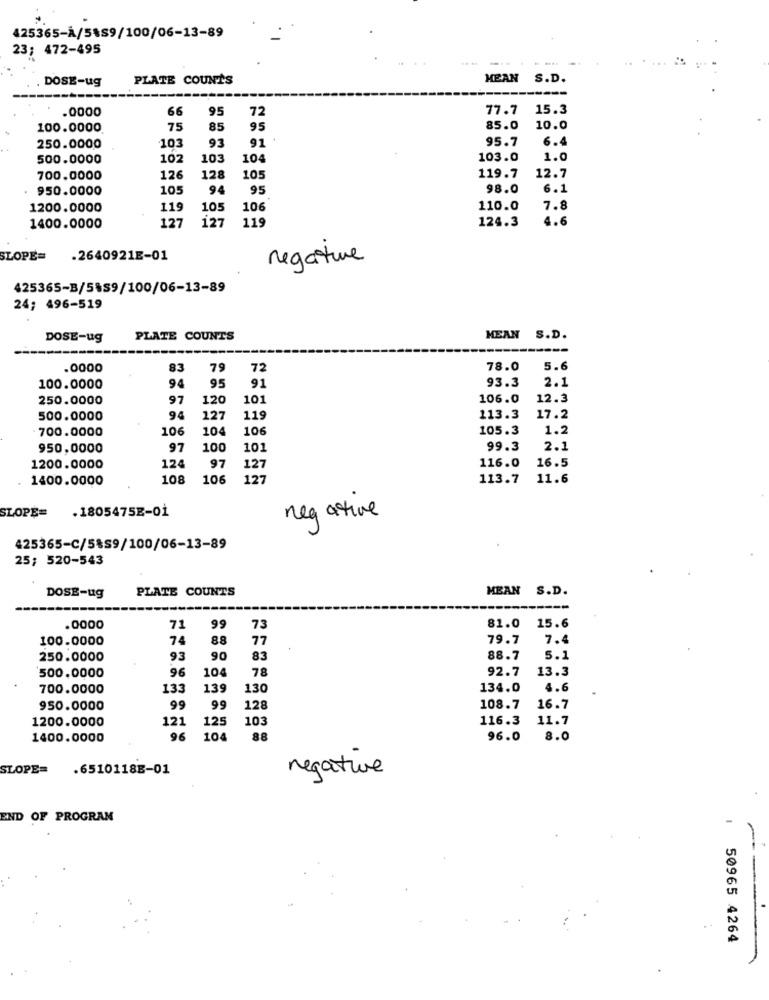
425365-À/5889/100/06-13-89
23; 472-495
DOSE-ug
PLATE COUNTS
MEAN S.D.
.0000
66
95
72
77.7 15.3
100.0000
75
85
95
85.0
10.0
91 .
95.7
6.4
250.0000
103
93
500.0000
102
103
104
103.0
1.0
700.0000
126
128
105
119.7
12.7
. 950.0000
105
94
95
98.0
6.1
1200.0000
119
105
106
110.0
7.8
4.6
1400.0000
127
127
119
124.3
SLOPE=
.2640921E-01
negative
425365-B/5%89/100/06-13-89
24; 496-519
DOSE-ug
PLATE COUNTS
MEAN S.D.
.0000
83
79
72
78.0
5.6
100.0000
94
95
91
93.3
2.1
250.0000
97
120
101
106.0
12.3
500.0000
94
127
119
113.3
17.2
700.0000
106
104
106
105.3
1.2
950,0000
97
100
101
99.3
2.1
116.0
16.5
1200.0000
124
97
127
. 1400.0000
108
106
127
113.7
11.6
SLOPE=
negative
.1805475E-01
425365-C/5%S9/100/06-13-89
25; 520-543
PLATE COUNTS
MEAN S.D.
DOSE-ug
.0000
71
99
73
81.0
15.6
100.0000
74
88
77
79.7
7.4
250.0000
93
90
83
88.7
5.1
500.0000
96
104
78
92.7
13.3
700.0000
133
139
130
134.0
4.6
950.0000
99
99
128
108.7
16.7
1200.0000
121
125
10
116.3
11.7
1400.0000
96
104
88
96.0
8.0
SLOPE=
.6510118E-01
negative
END OF PROGRAM
50965 4264